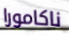
ناكامورا